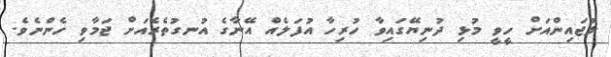
ލުޖައިންއަށް ހީވީ މުޅި ދުނިޔޭގައިވާ ހުރިހާ އުފަލެއް އޭނާގެ އުނގުތެރެއަށް ޖަމާވި ހެންނެވެ.